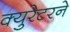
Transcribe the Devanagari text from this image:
क्युरेटरने